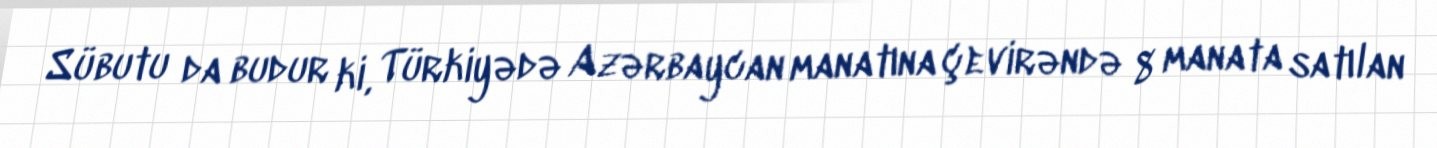
Sübutu da budur ki, Türkiyədə Azərbaycan manatına çevirəndə 8 manata satılan